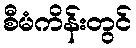
စီမံကိန်းတွင်